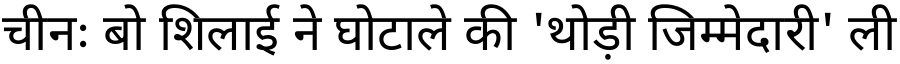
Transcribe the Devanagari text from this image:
चीनः बो शिलाई ने घोटाले की 'थोड़ी जिम्मेदारी' ली